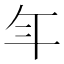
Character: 𭘾